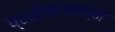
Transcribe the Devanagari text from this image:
प्रतीकान्मक्ता